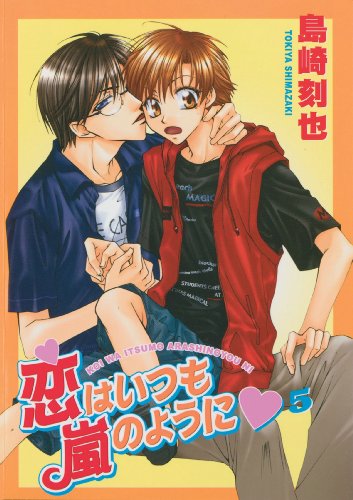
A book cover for Love is Like a Hurricane Vol. 5 (v. 5); Tokiya Shimazaki; Comics & Graphic Novels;